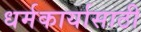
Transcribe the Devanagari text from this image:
धर्मकार्यासाठी